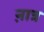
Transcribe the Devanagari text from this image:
ऩात्र